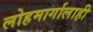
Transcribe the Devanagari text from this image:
लोहमार्गालाही